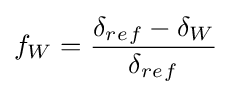
f_{W}={\frac {\delta _{r_{}e_{}f}-\delta _{W}}{\delta _{r_{}e_{}f}}}